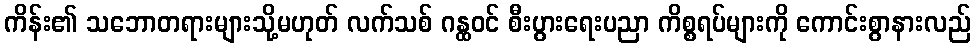
ကိန်း၏ သဘောတရားများသို့မဟုတ် လက်သစ် ဂန္ထဝင် စီးပွားရေးပညာ ကိစ္စရပ်များကို ကောင်းစွာနားလည်